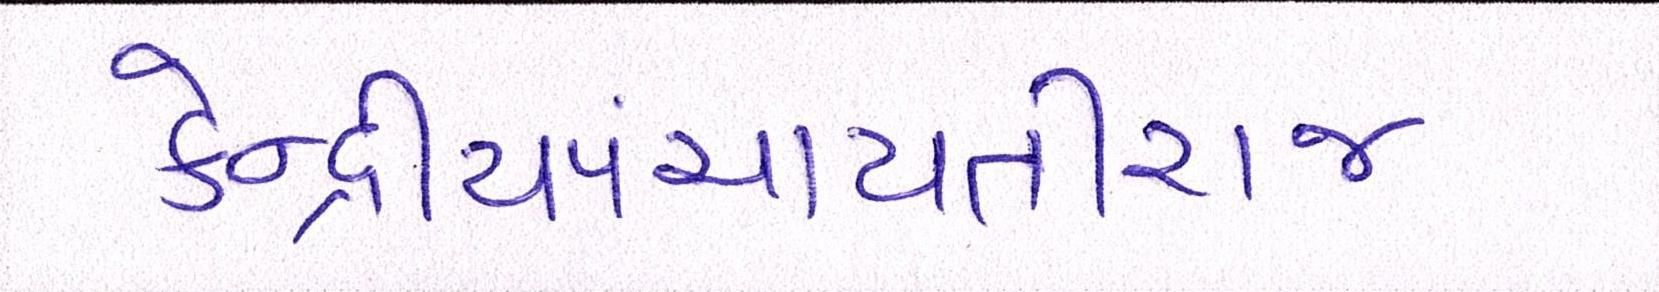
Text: કેન્દ્રીયપંચાયતીરાજ